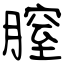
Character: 膣